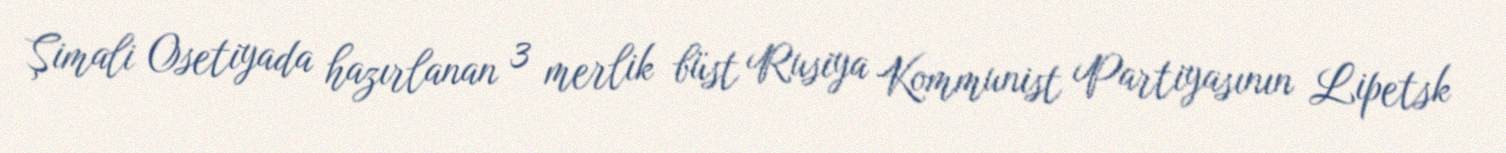
Şimali Osetiyada hazırlanan 3 merlik büst Rusiya Kommunist Partiyasının Lipetsk